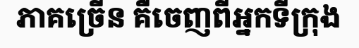
ភាគច្រើន គឺចេញពីអ្នកទីក្រុង